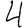
Digit: 4